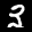
Label: 3